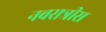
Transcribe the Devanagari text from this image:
नवरात्रीस